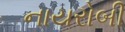
નાયરોબી